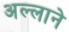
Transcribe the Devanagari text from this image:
अल्लाने